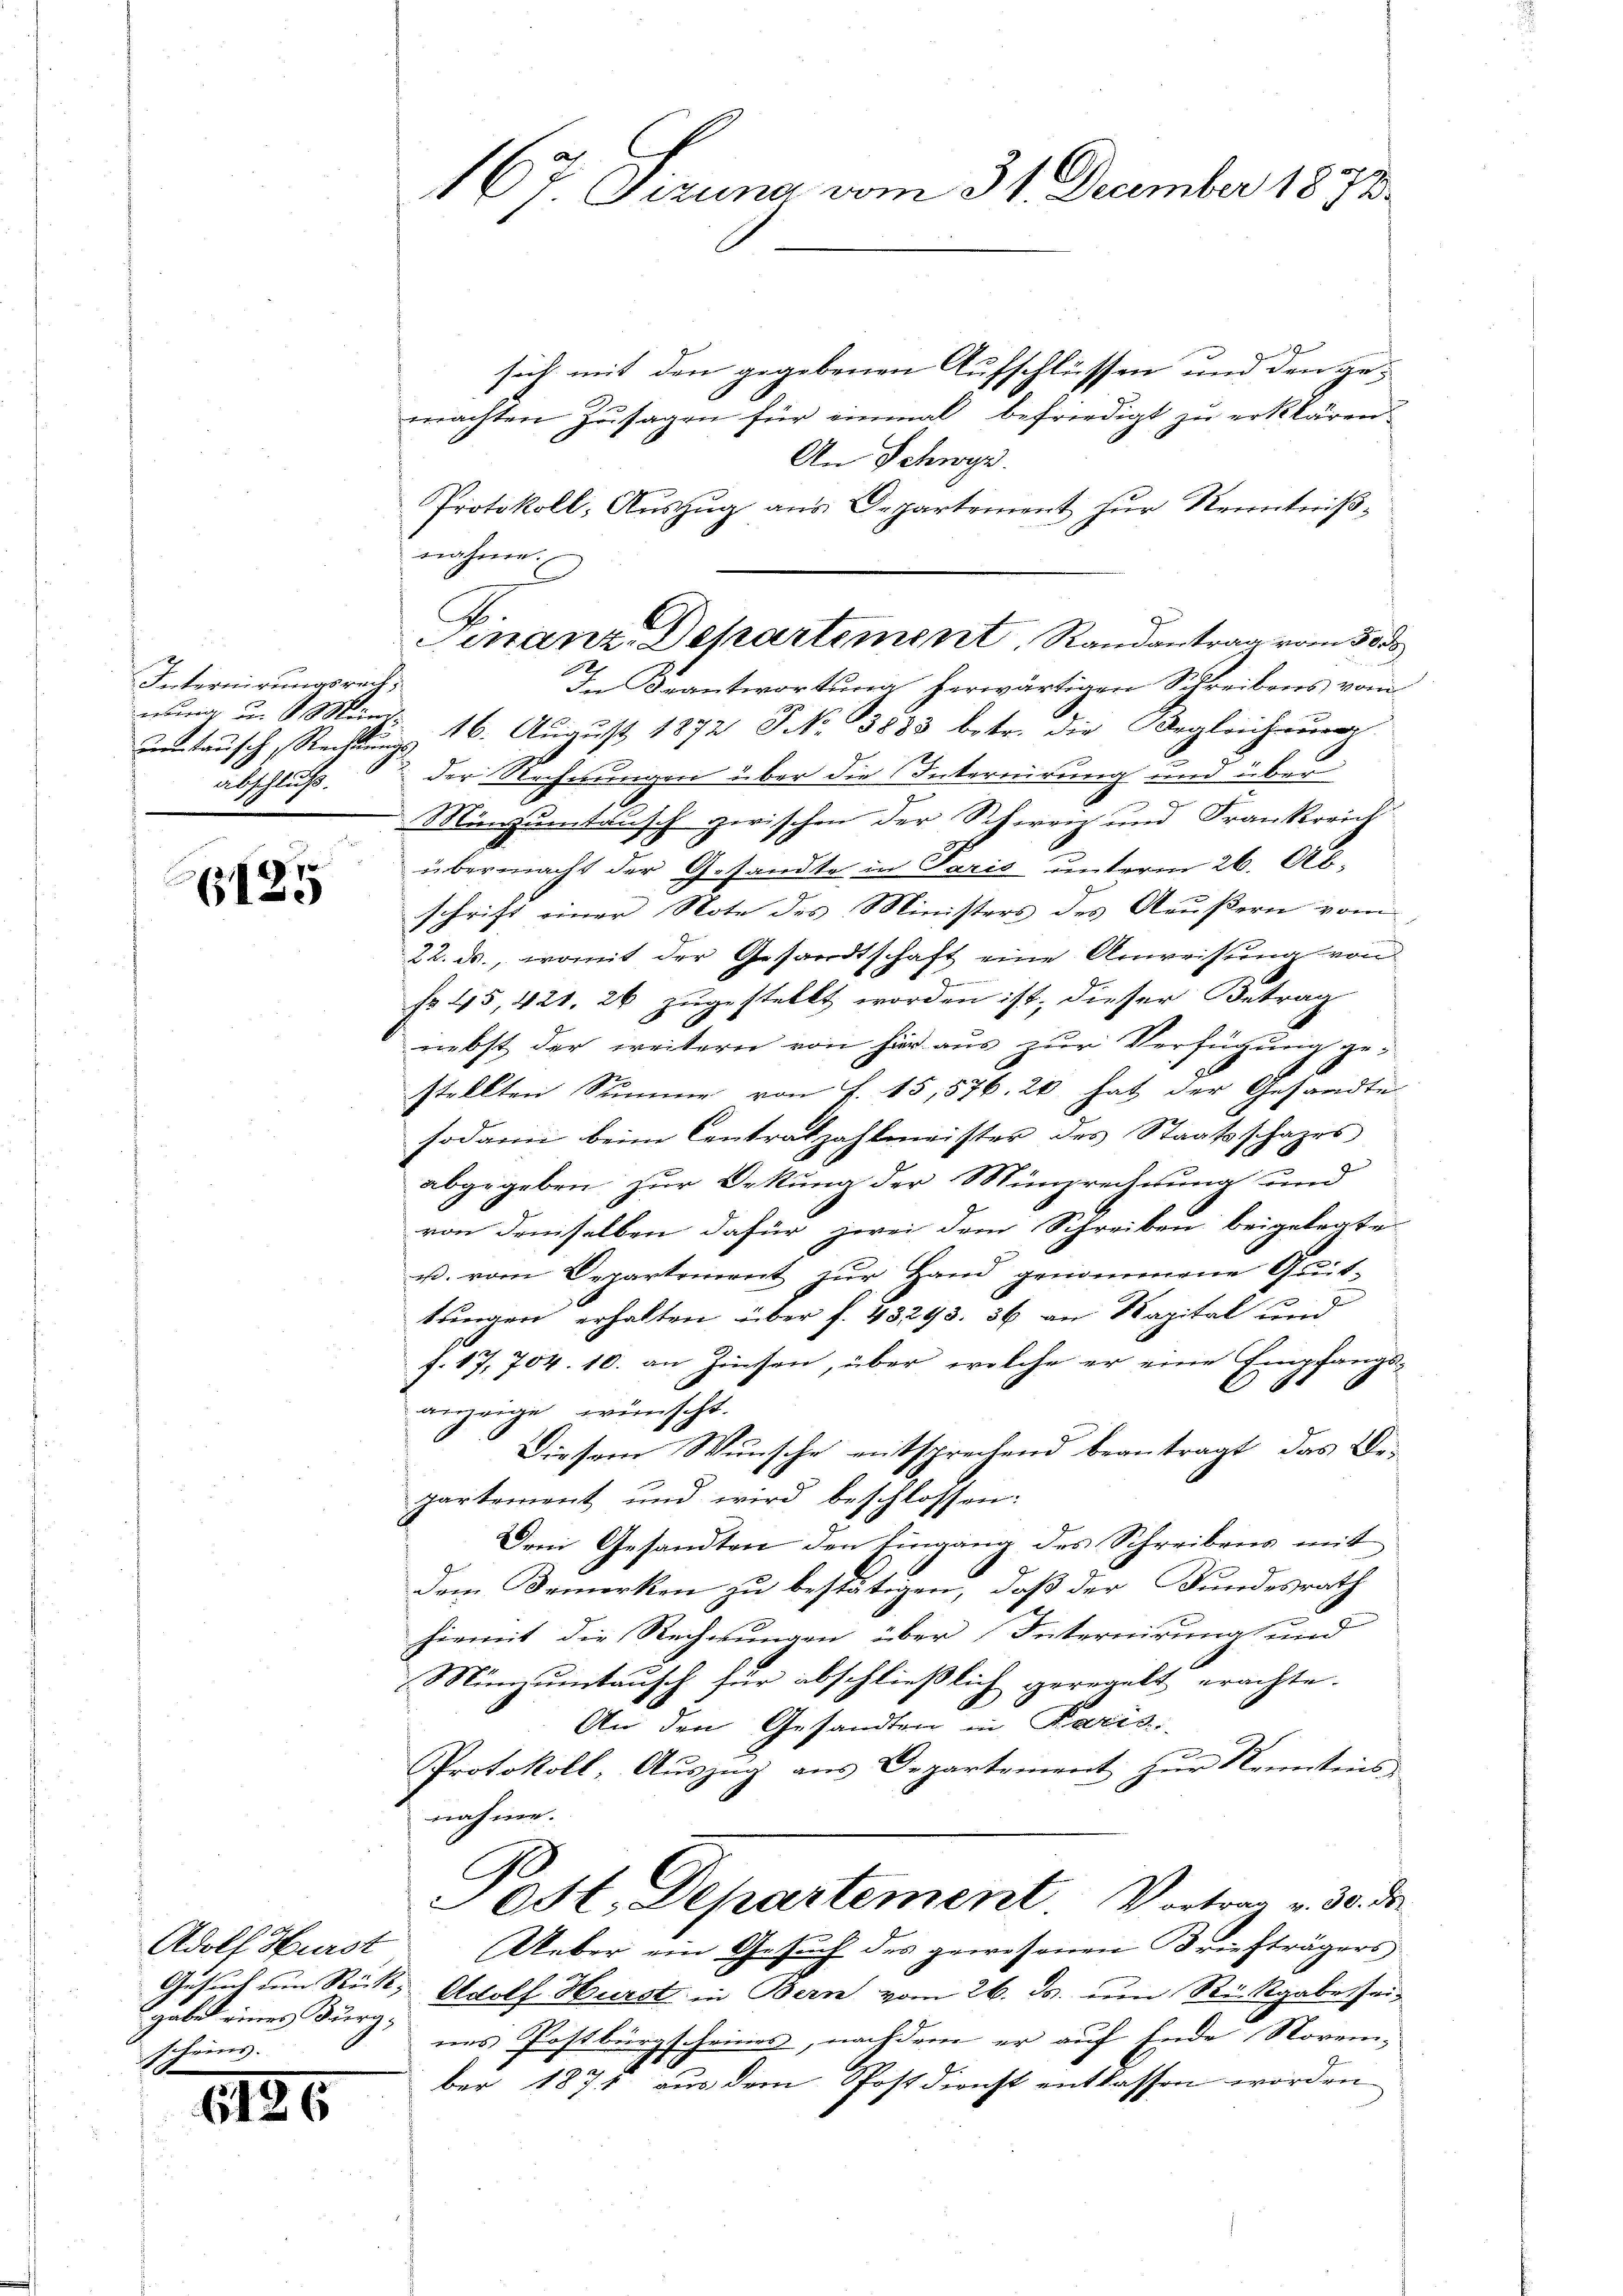
Internirungsrech
eurig in Meinch
abschluß.

p. 70.
61

Adolf Hurst
gabe eines Bürgscheins. |
.

1126

sich mit den gegebenen Aufschlüssen und den gemachten Zusagen für einmal befriedigt zu erklären.
An Schwyz.
Protokoll, Auszug aus Departement zur Kenntnißnahme.
A
In Beantwortung herwärtigen Schreibens vom
e
untausch, Rechtung 16. August 1872 No 3883 betr. die Begleichnung
der Rechnungen über die Internirung und über
Mincumtausch zwischen der Schweiz und Frankreich
übermacht der Gesandte in Paris unterm 26. Abschrift einer Note des Ministers des Aeußern vom
22. ds., womit der Gesandtschaft eine Anweisung von
No. 45, 421. 26 zugestellt worden ist; dieser Betrag
nebst der weitern von hier aus zur Verfügung ges
stellten Stimme von S. 15,576. 20 hat der Gesandte
sodann beim Centratzahlmeister des Staatsschafes
abgegeben zur Bekung der Münzrechnung und
von demselben dafür zwei dem Schreiben beigelegte
u. vom Departement zur Hand genommene Quit-
tungen erhalten über f. 43293. 36 an Kapital und
f. 17, 704. 10. an Zinsen, über welche er eine Empfangs-
anzeige, wünscht.
Diesem Wunsche entsprechend beantragt, das Bepartement und wird beschlossen:
Dem Gesandten den Eingang des Schreibens mit
dem Bemerken zu bestätigen, daß der Bundesrath
hiemit die Rechnungen über Internirung und
Münzumtausch für abschließlich geregelt erachte.
An den Gesandten in Paris.
Protokoll, Auszug aus Departement zur Kenntens
nahme.
Tost. Departement Vortrag v. 30. ds.
Ueber ein Gesuch des gewesenen Briefträgers
Gesuch um Rück: Adolf Hurst in Bern vom 26. ds. um Rückgabe seines Postbürgscheines, nachdem er auf Ende Novem-
ber 1871 aus dem Postdienst entlassen worden

167 Sizung vom 31. December 1872.

Finanz-Departement, Randantrag vom 30s
e